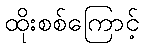
ထိုးစစ်ကြောင့်